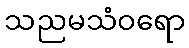
သညမသံဝရော